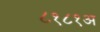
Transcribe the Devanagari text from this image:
८१८१अ